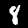
Label: 8